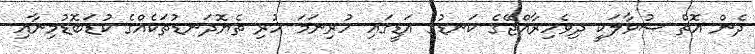
ދެން އޮތް ސުވާލަކީ ދިވެހިރާއްޖޭގެ ކަނޑުގެ އަޑީގައި ހުރިނަމަ ހުރި ތެޔޮދަނޑުތަކެއްގެ ކުޑަބޮޑުމިނާއި